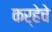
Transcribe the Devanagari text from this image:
कर्‍हेचे